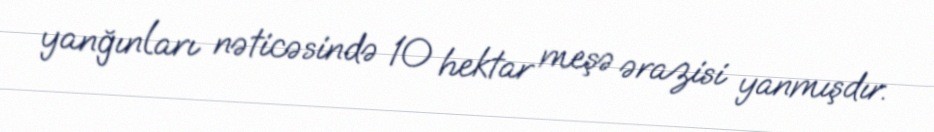
yanğınları nəticəsində 10 hektar meşə ərazisi yanmışdır.